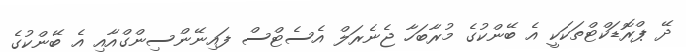
ދޭ ޕްރޮޑަކްޓްތަކަކީ އެ ބޭންކުގެ މުރާބަހާ ޖެނެރަލް އެސެޓްސް ފައިނޭންސިންގްއާއި އެ ބޭންކުގެ